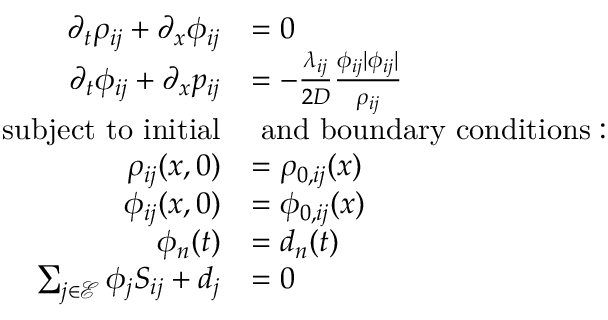
\begin{array} { r l } { \partial _ { t } \rho _ { i j } + \partial _ { x } \phi _ { i j } } & { = 0 } \\ { \partial _ { t } \phi _ { i j } + \partial _ { x } p _ { i j } } & { = - \frac { \lambda _ { i j } } { 2 D } \frac { \phi _ { i j } | \phi _ { i j } | } { \rho _ { i j } } } \\ { \mathrm { s u b j e c t ~ t o ~ i n i t i a l } } & { \mathrm { ~ a n d ~ b o u n d a r y ~ c o n d i t i o n s : } } \\ { \rho _ { i j } ( x , 0 ) } & { = \rho _ { 0 , i j } ( x ) } \\ { \phi _ { i j } ( x , 0 ) } & { = \phi _ { 0 , i j } ( x ) } \\ { \phi _ { n } ( t ) } & { = d _ { n } ( t ) } \\ { \sum _ { j \in \mathcal { E } } \phi _ { j } S _ { i j } + d _ { j } } & { = 0 } \end{array}